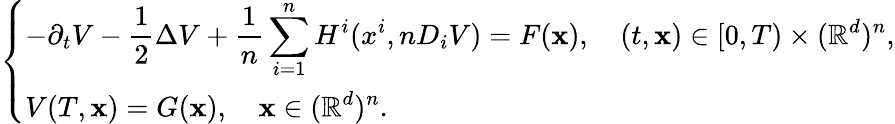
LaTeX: \left\{ \begin{array}{l}{\displaystyle-\partial_{t}V-\frac{1}{2}\Delta V+\frac{1}{n}\sum_{i=1}^{n}H^{i}(x^{i},nD_{i}V)=F(\mathbf{x}),\quad(t,\mathbf{x})\in[0,T)\times({\mathbb R}^{d})^{n},}\\ {\displaystyle V(T,\mathbf{x})=G(\mathbf{x}),\quad\mathbf{x}\in({\mathbb R}^{d})^{n}.}\end{array}\right.